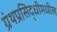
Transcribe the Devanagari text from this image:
ग्रंथप्रसिद्धीमधील